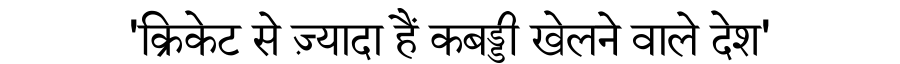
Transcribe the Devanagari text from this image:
'क्रिकेट से ज़्यादा हैं कबड्डी खेलने वाले देश'